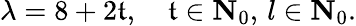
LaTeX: \lambda=8+2\mathfrak{t},\quad\mathfrak{t}\in{\mathbf{{N}}}_{0},\, l\in{\mathbf{{N}}}_{0}.